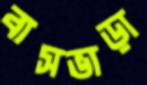
বাসভাড়া